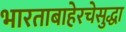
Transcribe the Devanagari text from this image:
भारताबाहेरचेसुद्धा